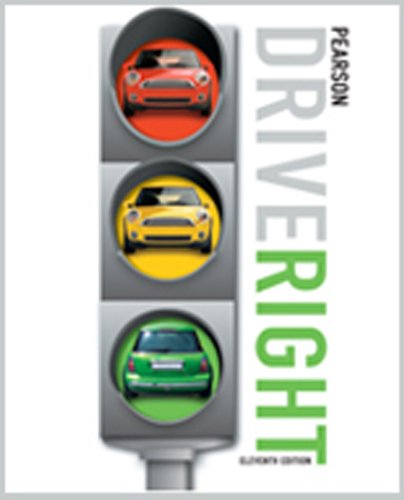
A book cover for PRENTICE HALL DRIVE RIGHT SKILLS AND APPLICATION STUDENT WORKBOOK C2010; PRENTICE HALL; Test Preparation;